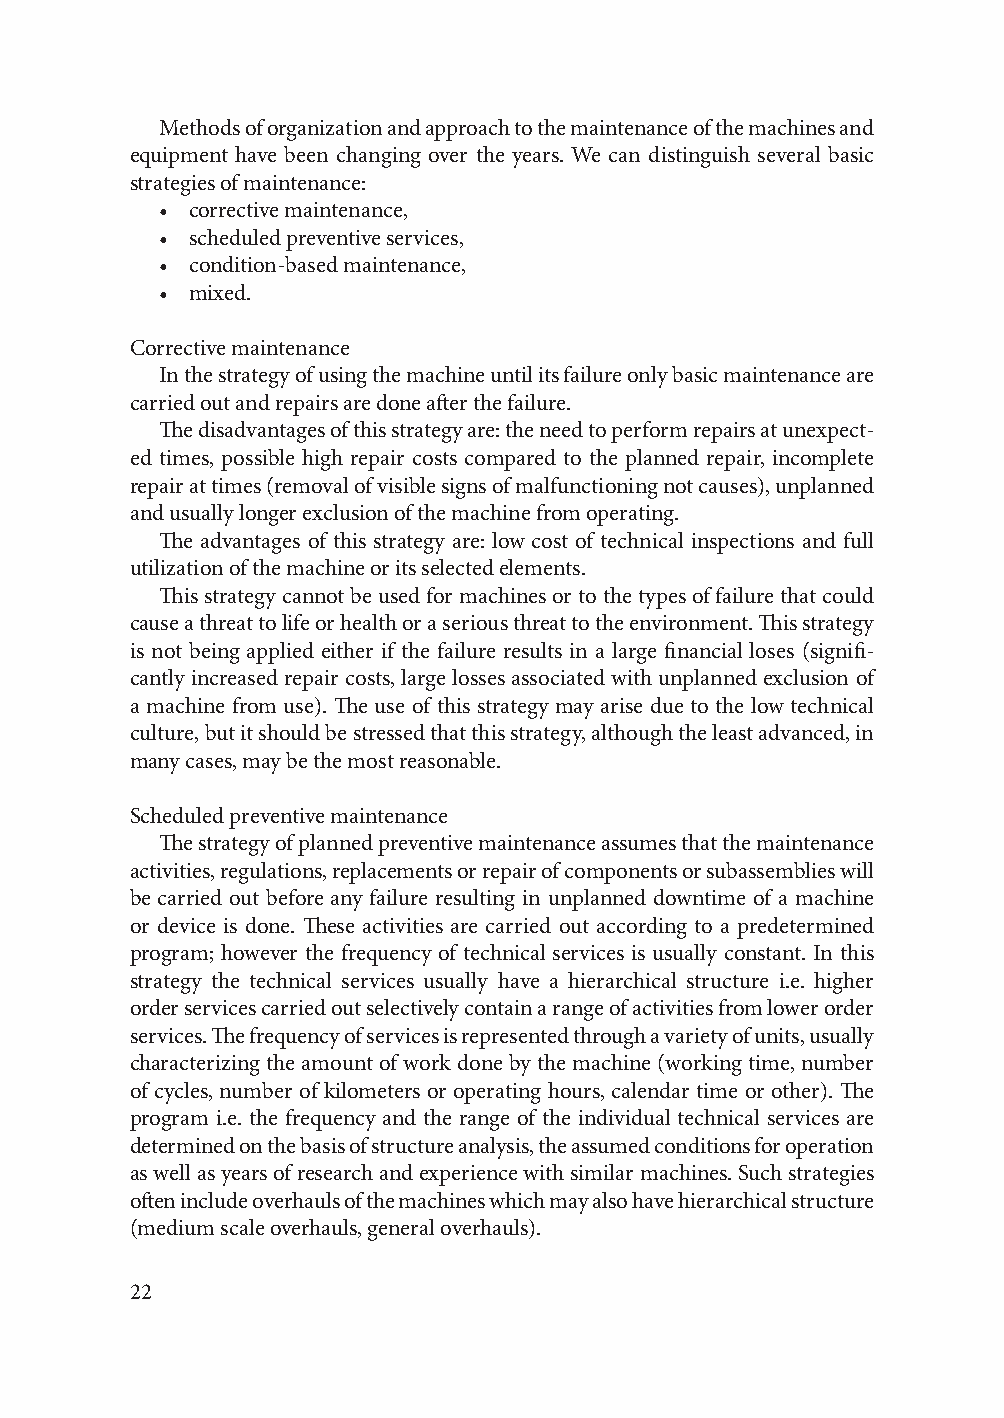
Methods of organization and approach to the maintenance of the machines and
 equipment have been changing over the years. We can distinguish several basic
 strategies of maintenance:
 • corrective maintenance,
 • scheduled preventive services,
 • condition-based maintenance,
 • mixed.
 Corrective maintenance
 In the strategy of using the machine until its failure only basic maintenance are
 carried out and repairs are done after the failure.
 The disadvantages of this strategy are: the need to perform repairs at unexpect-
 ed times, possible high repair costs compared to the planned repair, incomplete
 repair at times (removal of visible signs of malfunctioning not causes), unplanned
 and usually longer exclusion of the machine from operating.
 The advantages of this strategy are: low cost of technical inspections and full
 utilization of the machine or its selected elements.
 This strategy cannot be used for machines or to the types of failure that could
 cause a threat to life or health or a serious threat to the environment. This strategy
 is not being applied either if the failure results in a large financial loses (signifi-
 cantly increased repair costs, large losses associated with unplanned exclusion of
 a machine from use). The use of this strategy may arise due to the low technical
 culture, but it should be stressed that this strategy, although the least advanced, in
 many cases, may be the most reasonable.
 Scheduled preventive maintenance
 The strategy of planned preventive maintenance assumes that the maintenance
 activities, regulations, replacements or repair of components or subassemblies will
 be carried out before any failure resulting in unplanned downtime of a machine
 or device is done. These activities are carried out according to a predetermined
 program; however the frequency of technical services is usually constant. In this
 strategy the technical services usually have a hierarchical structure i.e. higher
 order services carried out selectively contain a range of activities from lower order
 services. The frequency of services is represented through a variety of units, usually
 characterizing the amount of work done by the machine (working time, number
 of cycles, number of kilometers or operating hours, calendar time or other). The
 program i.e. the frequency and the range of the individual technical services are
 determined on the basis of structure analysis, the assumed conditions for operation
 as well as years of research and experience with similar machines. Such strategies
 often include overhauls of the machines which may also have hierarchical structure
 (medium scale overhauls, general overhauls).
 22